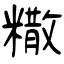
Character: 糤